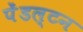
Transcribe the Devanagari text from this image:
पेंडल्टन